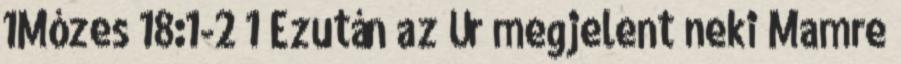
1Mózes 18:1-2 1 Ezután az Úr megjelent neki Mamre